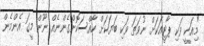
"މިއަކީ ވަކި ޕާޓީއަކަށް ނުވަތަ ވަކި ބަޔަކަށް ހާއްސަކޮށްގެންނެއް ނޫން މީގަ އެންމެން